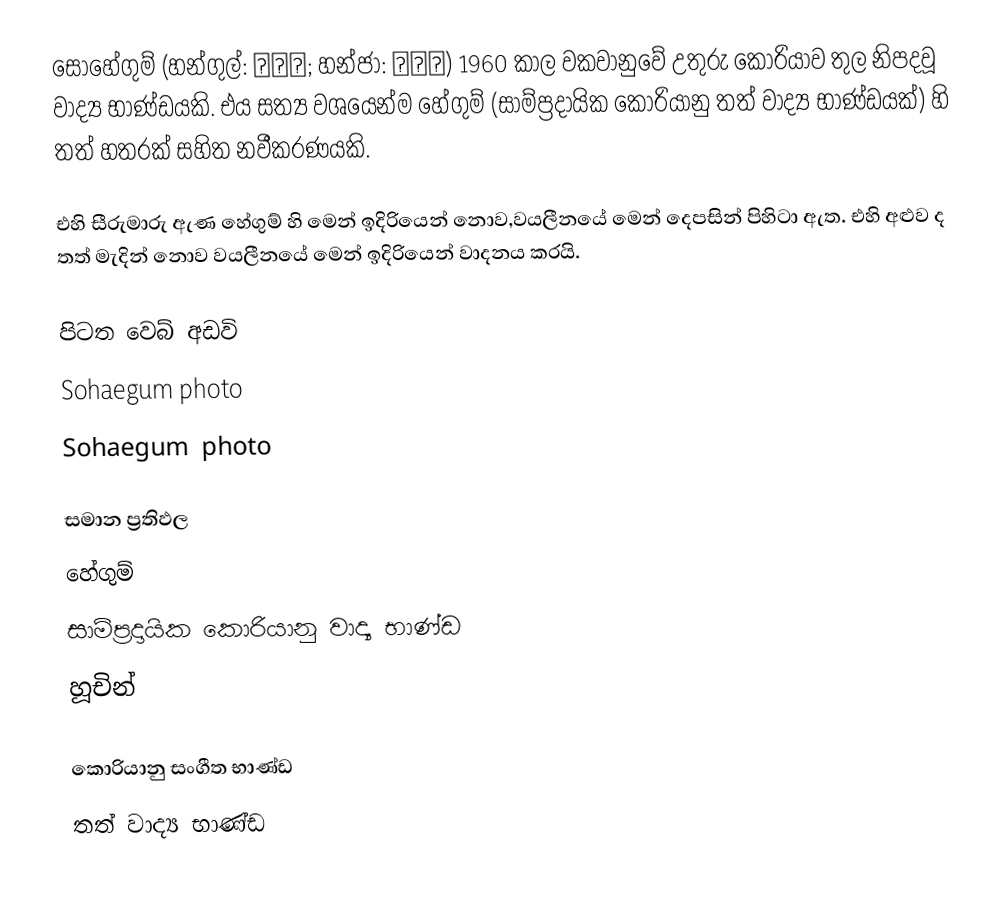
සෝහේගුම් (හන්ගුල්: 소해금; හන්ජා: 小奚琴) 1960 කාල වකවානුවේ උතුරු කොරියාව තුල  නිපදවූ වාද්‍ය භාණ්ඩයකි. එය සත්‍ය වශයෙන්ම හේගුම්  (සාම්ප්‍රදායික කොරියානු තත් වාද්‍ය භාණ්ඩයක්) හි තත් හතරක් සහිත නවීකරණයකි.

එහි සීරුමාරු ඇණ හේගුම් හි මෙන් ඉදිරියෙන් නොව,වයලීනයේ මෙන් දෙපසින් පිහිටා ඇත. එහි අළුව ද තත් මැදින් නොව වයලීනයේ මෙන් ඉදිරියෙන් වාදනය කරයි.

පිටත වෙබ් අඩවි
Sohaegum photo
Sohaegum photo

සමාන ප්‍රතිඵල
හේගුම්
සාම්ප්‍රදායික කොරියානු වාද්‍ය භාණ්ඩ
හූචින්

කොරියානු සංගීත භාණ්ඩ
තත් වාද්‍ය භාණ්ඩ